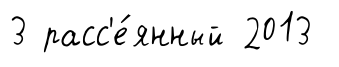
3 расс'е́янный 2013